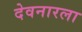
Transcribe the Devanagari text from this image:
देवनारला